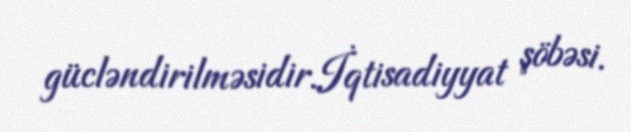
gücləndirilməsidir.İqtisadiyyat şöbəsi.